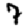
Digit: 7